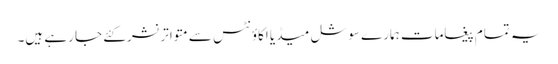
یہ تمام پیغامات ہمارے سوشل میڈیا اکاؤنٹس سے متواترنشرکئے جا رہے ہیں۔